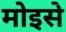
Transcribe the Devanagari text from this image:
मोइसे